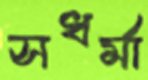
সধর্মা